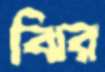
ঝির